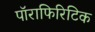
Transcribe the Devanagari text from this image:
पॉराफिरिटिक